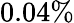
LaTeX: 0.04\%